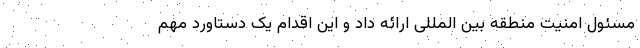
مسئول امنیت منطقه بین المللی ارائه داد و این اقدام یک دستاورد مهم